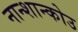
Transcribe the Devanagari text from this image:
नान्शान्कोउ